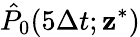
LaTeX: \hat{P}_{0}(5\Delta t;{\mathbf z}^{\ast})